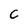
Character: C